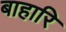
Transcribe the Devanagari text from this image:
बाहारि